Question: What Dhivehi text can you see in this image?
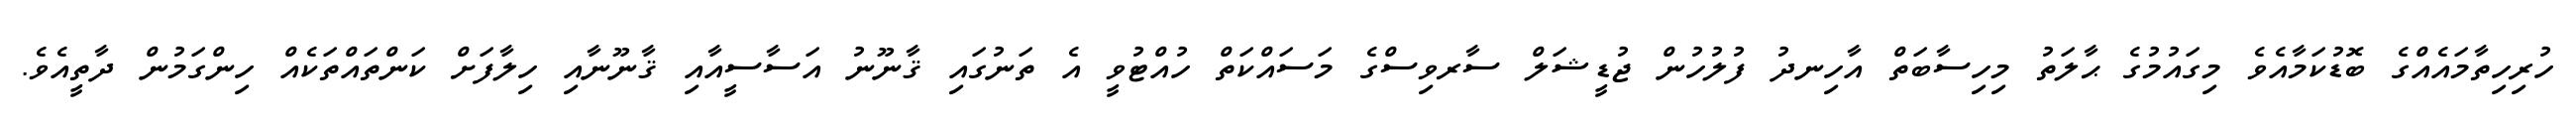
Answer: ހުރިހިތާމައެއްގެ ބޮޑުކަމާއެވެ މިގައުމުގެ ޙާލަތު މިހިސާބަތް އާހިނދު ފުލުހުން ޖުޑީޝަލް ސާރވިސްގެ މަސައްކަތް ހުއްޓުވީ އެ ތަނުގައި ޤާނޫނު އަސާސީއާއި ޤާނޫނާއި ހިލާފަށް ކަންތައްތަކެއް ހިންގަމުން ދާތީއެވެ.